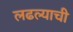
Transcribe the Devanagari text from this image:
लढल्याची